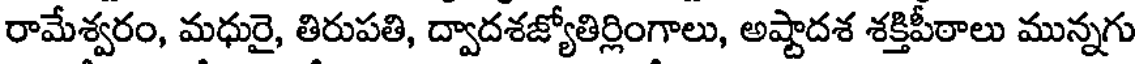
రామేశ్వరం, మధురై, తిరుపతి, ద్వాదశజ్యోతిర్లింగాలు, అష్టాదశ శక్తిపీఠాలు మున్నగు